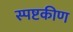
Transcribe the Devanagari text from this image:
स्पष्टकीण